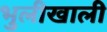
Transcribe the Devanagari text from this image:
भुलीखाली